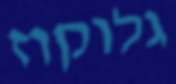
גלוקוז